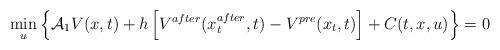
LaTeX: \begin{align*}\min _{u}\left\{{\mathcal {A}_1}V(x,t)+h\left[V^{after}(x_t^{after},t)-V^{pre}(x_t,t)\right]+C(t,x,u)\right\}=0\end{align*}